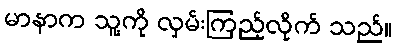
မာနာက သူ့ကို လှမ်းကြည့်လိုက် သည်။